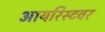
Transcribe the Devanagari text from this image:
आयरिस्टवर